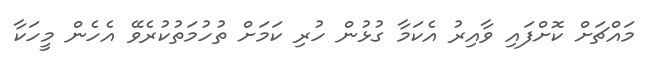
މައްޗަށް ކޮށްފައި ވާއިރު އެކަމާ ގުޅުން ހުރި ކަމަށް ތުހުމަތުކުރެވޭ އެހެން މީހަކާ